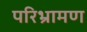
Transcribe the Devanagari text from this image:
परिभ्रामण